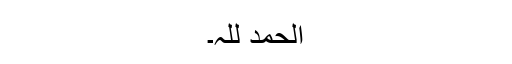
الحمد للہ۔